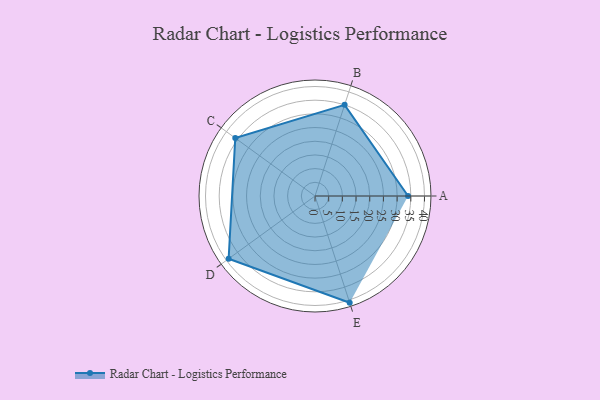
{"axis": {"x": "Skill", "y": "Score"}, "legend": ["Profile"], "data": [{"x": "A", "y": 34.0, "type": "Profile"}, {"x": "B", "y": 35.0, "type": "Profile"}, {"x": "C", "y": 36.0, "type": "Profile"}, {"x": "D", "y": 39.0, "type": "Profile"}, {"x": "E", "y": 41.0, "type": "Profile"}]}